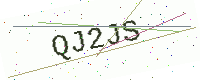
Text: QJ2JS